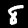
Digit: 8